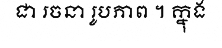
ជា រចនា រូបភាព ។ ក្នុង